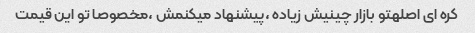
کره ای اصلهتو بازار چینیش زیاده ،پیشنهاد میکنمش ،مخصوصا تو این قیمت